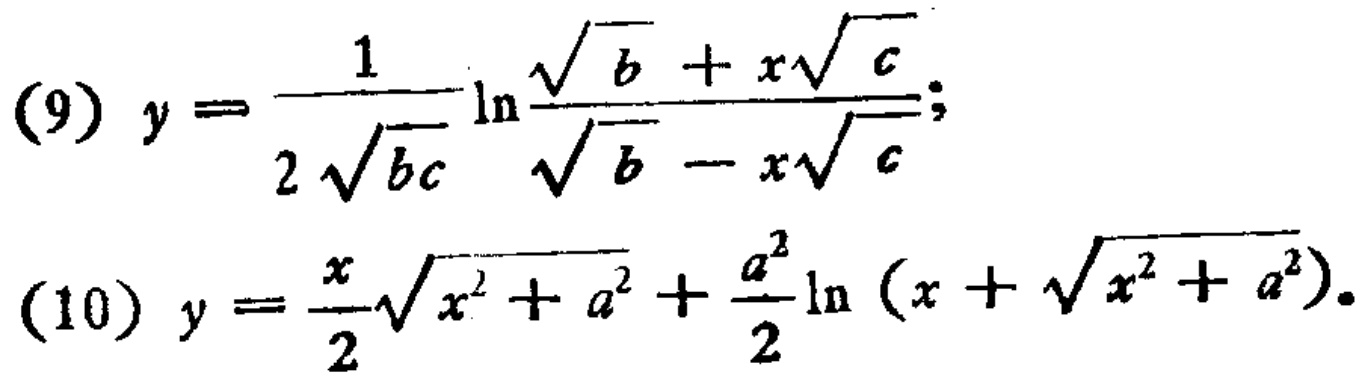
(9) \(y = \frac{1}{2\sqrt{bc}}\ln\frac{\sqrt{b}+x\sqrt{c}}{\sqrt{b}-x\sqrt{c}}\);
(10) \(y = \frac{x}{2}\sqrt{x^{2}+a^{2}}+\frac{a^{2}}{2}\ln(x + \sqrt{x^{2}+a^{2}})\)